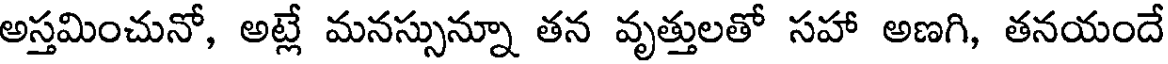
అస్తమించునో, అట్లే మనస్సున్నూ తన వృత్తులతో సహా అణగి, తనయందే